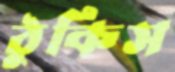
ঠুকিস